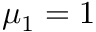
\mu _ { 1 } = 1